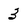
Character: 3